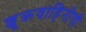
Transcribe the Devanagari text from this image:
शुक्रवाहिनीची